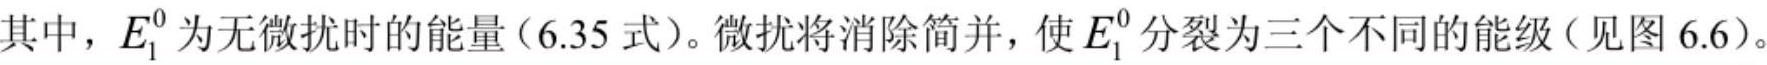
其中，$E_{1}^{0}$ 为无微扰时的能量（6.35 式）。微扰将消除简并，使 $E_{1}^{0}$ 分裂为三个不同的能级（见图 6.6）。